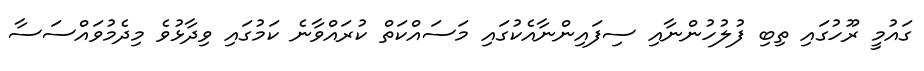
ގައުމީ ރޫހުގައި ތިބި ފުލުހުންނާއި ސިފައިންނާއެކުގައި މަސައްކަތް ކުރައްވާނެ ކަމުގައި ވިދާޅުވެ މިދެމުވައްސަސާ